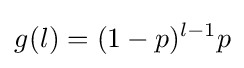
g_{}^{}(l)=(1-p)^{l-1}p